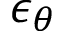
\epsilon _ { \theta }